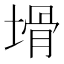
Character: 𱗞